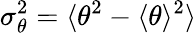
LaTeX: \sigma_{\theta}^{2}=\langle\theta^{2}-\langle\theta\rangle^{2}\rangle